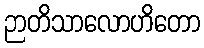
ဉာတိသာလောဟိတော